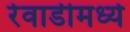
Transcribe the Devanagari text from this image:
रेवाडीमध्ये